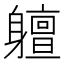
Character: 䡀